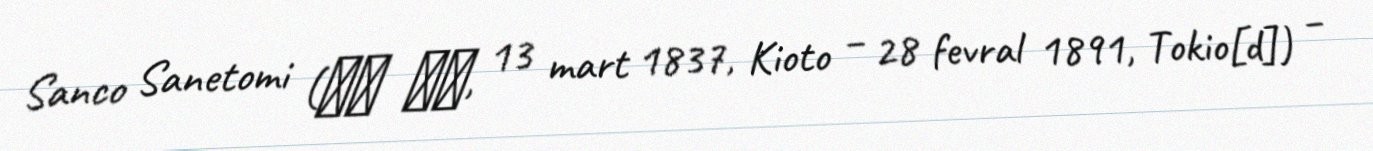
Sanco Sanetomi (三条 実美, 13 mart 1837, Kioto – 28 fevral 1891, Tokio[d]) –